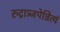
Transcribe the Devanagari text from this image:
रुद्राञ्जपेन्नित्यं